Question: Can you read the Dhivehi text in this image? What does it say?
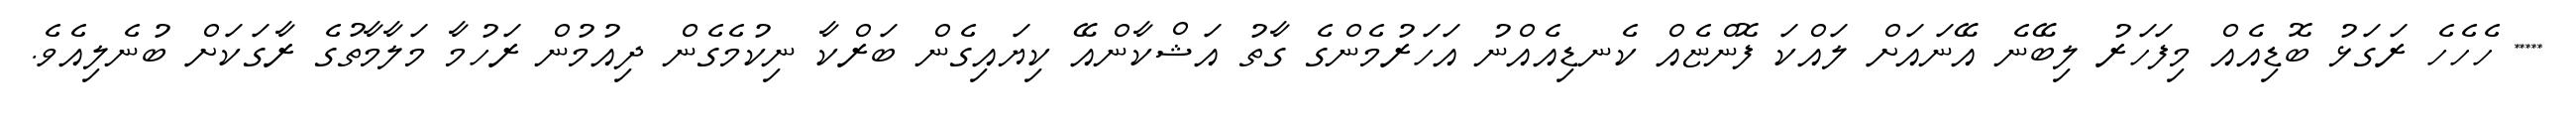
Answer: ***** ހެހެހެ ރަގަޅު ބޮޑިއެއް މިފަހަރު ލިބޭނެ އޭނައަށް ލައްކަ ފޮންޏެއް ކެނޑިއެއްނު އަހަރުމެންގެ ގާތު އަޝްކާންއޭ ކިޔައިގެން ބަރްކާ ނިކުމެގެން ދިއުމުން ރަހުމާ މަލާމާތުގެ ރާގަކަށް ބުނެލިއެވެ.